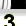
Digit: 3